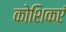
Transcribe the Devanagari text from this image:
कोशिकएं